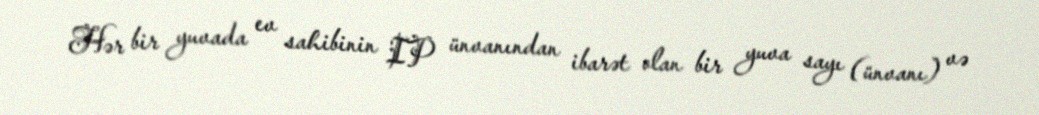
Hər bir yuvada ev sahibinin IP ünvanından ibarət olan bir yuva sayı (ünvanı) və